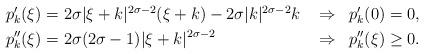
LaTeX: \begin{align*}\begin{aligned}p_k'(\xi)&=2\sigma |\xi+k|^{2\sigma-2}(\xi+k)-2\sigma|k|^{2\sigma-2}k&&\Rightarrow &&p_k'(0)=0,\\p_k''(\xi)&=2\sigma(2\sigma-1)|\xi+k|^{2\sigma-2} &&\Rightarrow && p_k''(\xi)\geq0.\end{aligned}\end{align*}